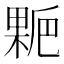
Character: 𰘋